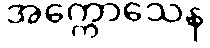
အက္ကောသေန